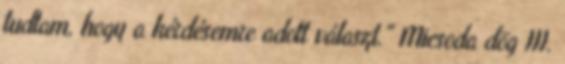
tudtam, hogy a kérdésemre adott választ." Micsoda dög III.